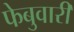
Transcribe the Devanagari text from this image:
फेबुवारी